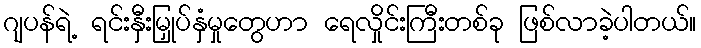
ဂျပန်ရဲ့ ရင်းနှီးမြှုပ်နှံမှုတွေဟာ ရေလှိုင်းကြီးတစ်ခု ဖြစ်လာခဲ့ပါတယ်။